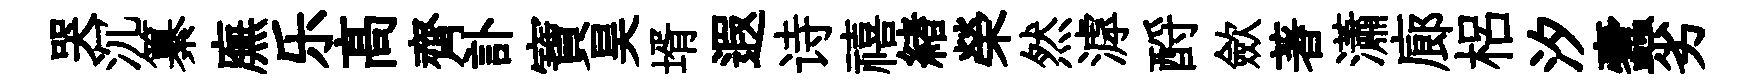
哭沉纂廡乐髙齊訃寶昊壻遐诗禧緖榮然滹酹歛著瀟廊梠汐蠧劣